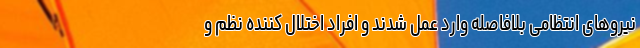
نیروهای انتظامی بلافاصله وارد عمل شدند و افراد اختلال کننده نظم و